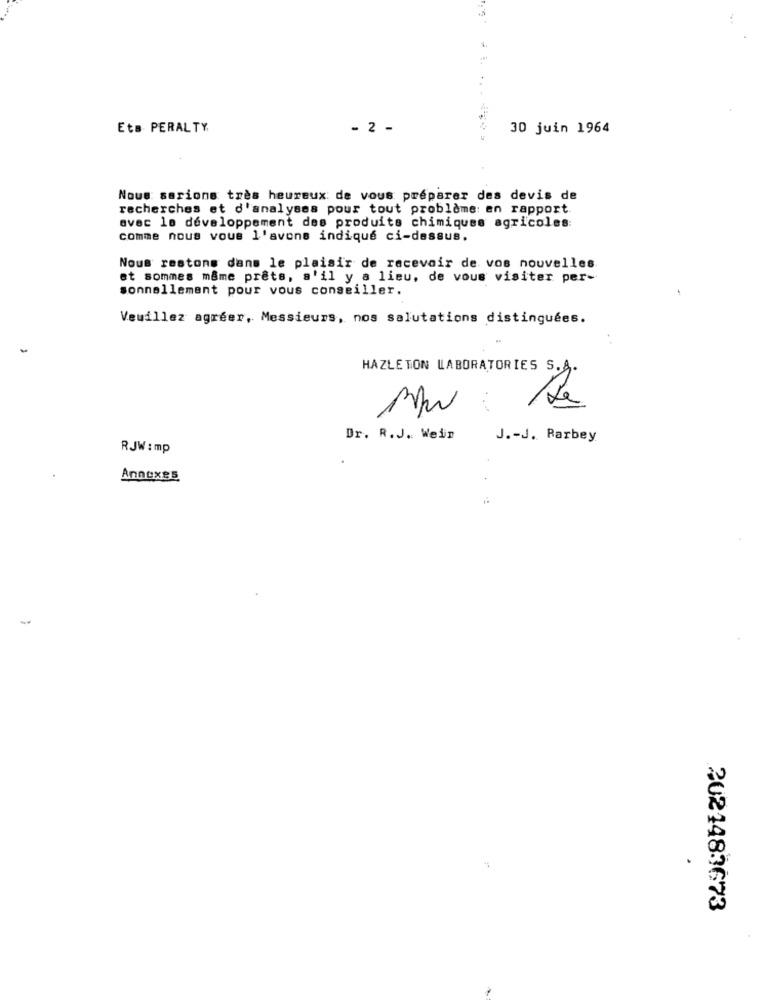
1.
EtB. PERALTY
- 2 -
30 juin 1964
Nous serions très heureux de vous préparer des devis de
recherches et d'analyses pour tout problème en rapport
avec la développement des produits chimiques agricoles:
comme nous vous l'avons indiqué ci-dessus.
Nous restons dans le plaisir de recevoir de vos nouvelles
et sommes mame prêts, s'il y a lieu, de vous visiter per-
sonnellement pour vous conseiller.
Veuillez agréer, Messieurs, nos salutations distinguées.
HAZLETON LABORATORIES S.A.
Dr. R.J. Wein
J .- J. Barbey
RJW : mp
Annexes
-
2021483673